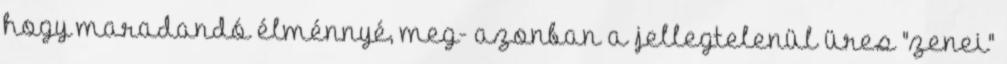
hogy maradandó élménnyé, meg- azonban a jellegtelenül üres "zenei"